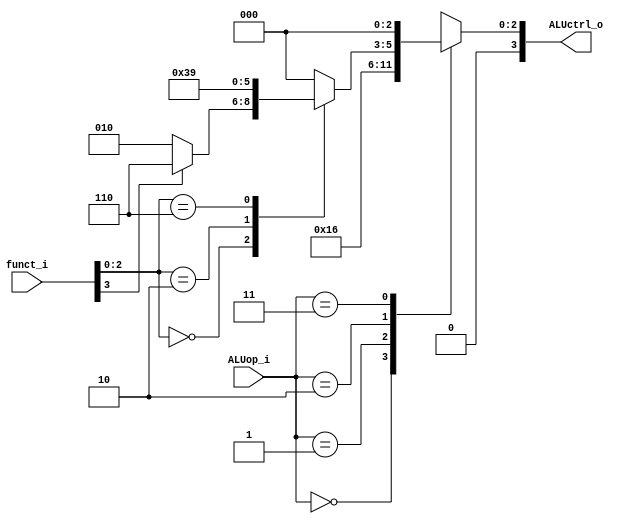
//*****************************************************************************
// Module Declaration
module ALU_Conrtoller
(
    funct_i,
    ALUop_i,
    ALUctrl_o
);
//*****************************************************************************
    // I/O Port
    input  [3:0] funct_i;   // 4 bits simplified function code
    input  [1:0] ALUop_i;   // 2 bits ALU opcode
    output [3:0] ALUctrl_o; // 4 bits ALU control code
    // Global variables Declaration
    // System
    reg    [2:0] ALUopcode; // ALU operation code
    // System conection
    // Output
    assign ALUctrl_o = {1'b0 , ALUopcode}; // Acturally used 3 bits
//*****************************************************************************
// Block : ALU control decode
    always @(*)
    begin
        case(ALUop_i) // ALU opcode decode
        ///////////////////////////////////////////////////////////////////////
        // Solve the truth table
        ///////////////////////////////////////////////////////////////////////
        // ALUop | funct | ALUCtrl
        // ------+-------+--------
        //  0 0  |x | xxx| 0 0 1 0  LW   -> ADD
        //  0 0  |x | xxx| 0 0 1 0  SW   -> ADD
        //  0 1  |x | xxx| 0 1 1 0  BEQ  -> SUB
        //  1 0  |0 | 111| 0 0 0 0  AND
        //  1 0  |0 | 110| 0 0 0 1  OR
        //  1 0  |0 | 000| 0 0 1 0  ADD
        //  1 0  |1 | 000| 0 1 1 0  SUB
        //  1 0  |0 | 010| 0 1 1 1  SLT
        //  1 0  |x | xxx| 0 0 0 1  ORI  -> OR
        //  1 0  |x | xxx| 0 0 1 0  ADDI -> ADD
        //  x x  |x | xxx| x x x x  JAL  -> None (set 0)
        //  x x  |x | xxx| x x x x  JALR -> None (set 0)
        //  x x  |x | xxx| x x x x  None (set 0)
        ///////////////////////////////////////////////////////////////////////
        // Table
        ///////////////////////////////////////////////////////////////////////
            2'b00  : ALUopcode = 3'b010; // LW / SW
            2'b01  : ALUopcode = 3'b110; // BEQ
            2'b10  : // R-type
                begin
                    case(funct_i[2:0])
                        3'b000:  ALUopcode = (funct_i[3]) ? 3'b110 : 3'b010; // ADD
                        3'b010:  ALUopcode = 3'b111; // SLT
                        3'b110:  ALUopcode = 3'b001; // OR
                        3'b111:  ALUopcode = 3'b000; // AND
                        default: ALUopcode = 3'b000; // None
                    endcase
                end
            2'b11  : ALUopcode = 4'b000; // None
            default: ALUopcode = 4'b000; // None
        endcase
    end
//*****************************************************************************
endmodule